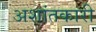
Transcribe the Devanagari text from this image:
अशांतकारी